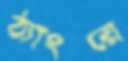
ঠ্যাংয়ে